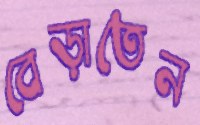
বেড়াতেন